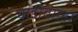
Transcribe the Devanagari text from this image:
वाडीवाला